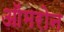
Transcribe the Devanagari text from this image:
ऑमरोन